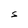
Character: S